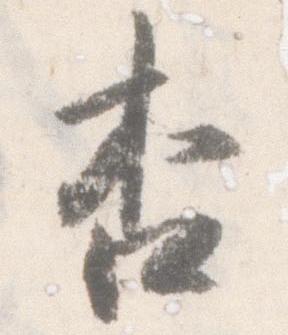
杏